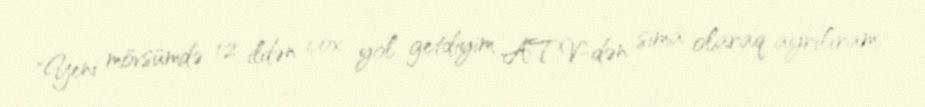
"Yeni mövsümdə 12 ildən çox yol getdiyim ATV-dən sima olaraq ayrılıram.